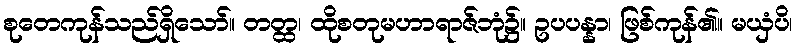
စုတေကုန်သည်ရှိသော်။ တတ္ထ၊ ထိုစတုမဟာရာဇ်ဘုံ၌။ ဥပပန္နာ၊ ဖြစ်ကုန်၏။ မယှံပိ၊